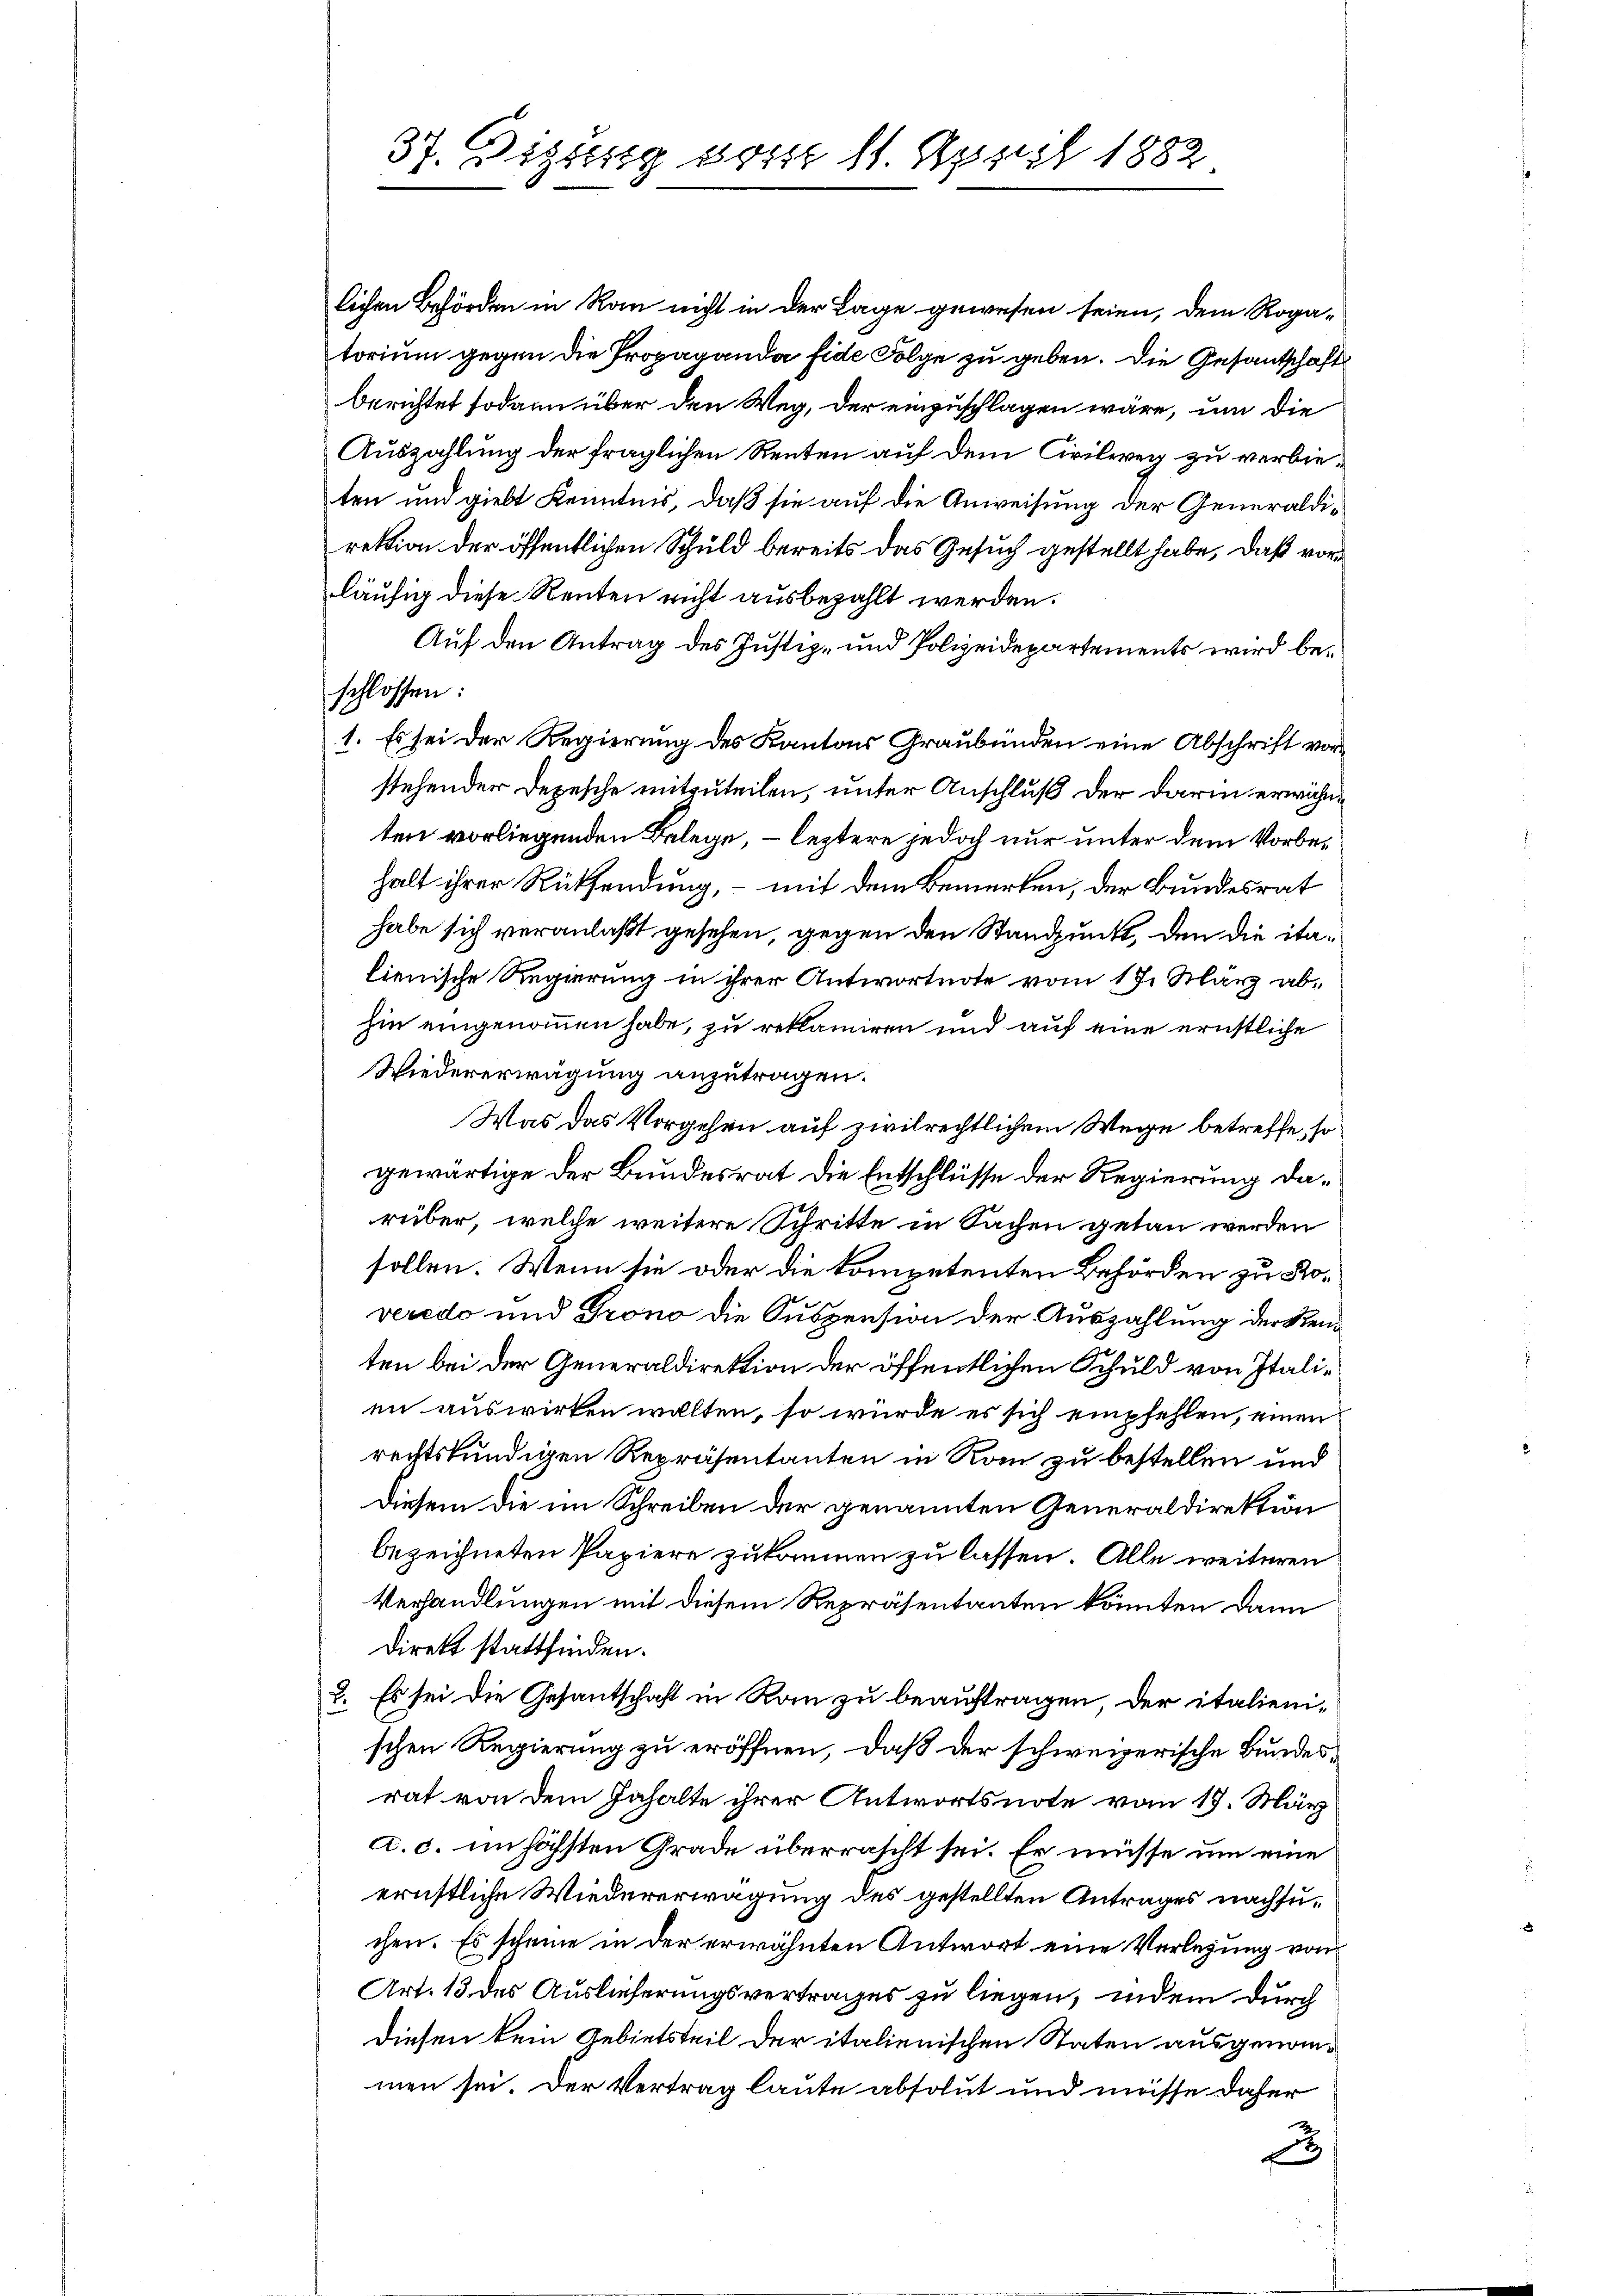
37. Dieses dos 11. April 1882

lichen Behörden in Rau nicht in der Lage gewesen seien, dem Roga-
torium gegen die Propaganda fide Folge zu geben. Die Gesandschaft
berichtet sodann über den Weg, der einzuschlagen wäre, um die
Auszahlung der fraglichen Renten auf dem Civilweg zu verbieten und giebt Kenntnis, daß sie auf die Anweisung der Generaldirektion der öffentlichen Schuld bereits das Gesuch gestellt habe, daß vor
läufig diese Renten nicht ausbezahlt werden.
Auf den Antrag des Justiz- und Polizeidepartements wird beschlossen:
1. Es sei der Regierung des Kantons Graubünden eine Abschrift vorstehender Depesche mitzuteilen, unter Anschluß der darin erwähnten vorliegenden Belege, – leztere jedoch nur unter dem Vorbehalt ihrer Rücksendung, – mit dem Bemerken, der Bundesrat
habe sich veranlaßt gesehen, gegen den Standpunkt, den die italienische Regierung in ihrer Antwortnote vom 17. März abhin eingenommen habe, zu reklamiren und auf eine ernstliche
Wiedererwägung anzutragen.
Was das Vorgehen auf zivilrechtlichem Wege betreffe, so
gewärtige der Bundesrat die Entschlüsse der Regierung darüber, welche weitere Schritte in Sachen getan werden
sollen. Wenn sie oder die kompetenten Behörden zu Koveredo und Grono die Suspension der Auszahlung der Send
ten bei der Generaldirektion der öffentlichen Schuld von Italien auswirken wollten, so würde es sich empfehlen, einen
rechtskundigen Repräsentanten in Rom zu bestellen und
Diesem die im Schreiben der genannten Generaldirektion
bezeichneten Papiere zukommen zu lassen. Alle weiteren
Verhandlungen mit diesem Repräsentanten könnten dann
Direkt stattfinden.
2. Es sei die Gesantschaft in Rau zu beauftragen, der italienischen Regierung zu eröffnen, daß der schweizerische Bundesrat von dem Gehalte ihrer Antwortsnote vom 19. März
a. c. im höchsten Grade überrascht sei. Er müsse um eine
ernstliche Wiedererwägung des gestellten Antrages nachsuchen. Es scheine in der erwähnten Antwort eine Verlegung von
Art. 13 des Auslieferungsvertrages zu liegen, indem durch
Diesen kein Gebietsteil der italienischen Staten ausgenommen sei. Der Vertrag laute absolut und müsse daher
E